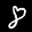
Digit: 8